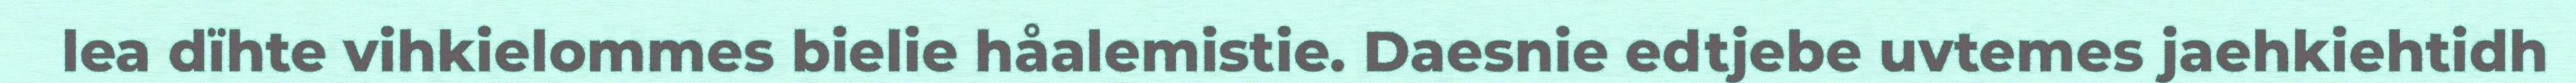
lea dïhte vihkielommes bielie håalemistie. Daesnie edtjebe uvtemes jaehkiehtidh